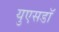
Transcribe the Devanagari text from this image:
युएसडॉ